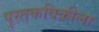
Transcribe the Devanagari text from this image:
पुस्तकविक्रीला